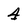
Character: 4